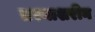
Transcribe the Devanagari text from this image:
तरमाशरीन